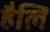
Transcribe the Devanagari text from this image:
हैलि